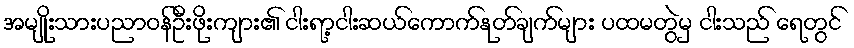
အမျိုးသားပညာဝန်ဦးဖိုးကျား၏ ငါးရာ့ငါးဆယ်ကောက်နုတ်ချက်များ ပထမတွဲမှ ငါးသည် ရေတွင်